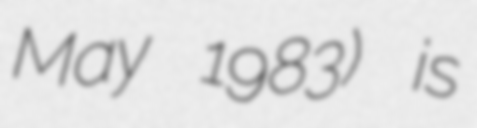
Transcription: May 1983) is